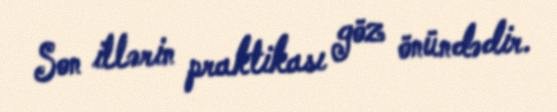
Son illərin praktikası göz önündədir.